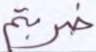
ضربتم